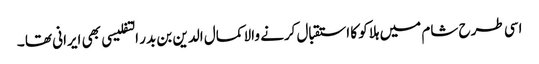
اسی طرح شام میں ہلاکو کا استقبال کرنے والا کمال الدین بن بدر التفلیسی بھی ایرانی تھا ۔